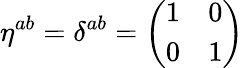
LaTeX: \eta^{ab}=\delta^{ab}=\left(\begin{array}{cc}{{1}}&{{0}}\\ {{0}}&{{1}}\end{array}\right)